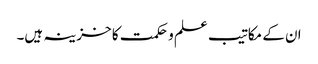
ان کے مکاتیب علم و حکمت کا خزینہ ہیں۔